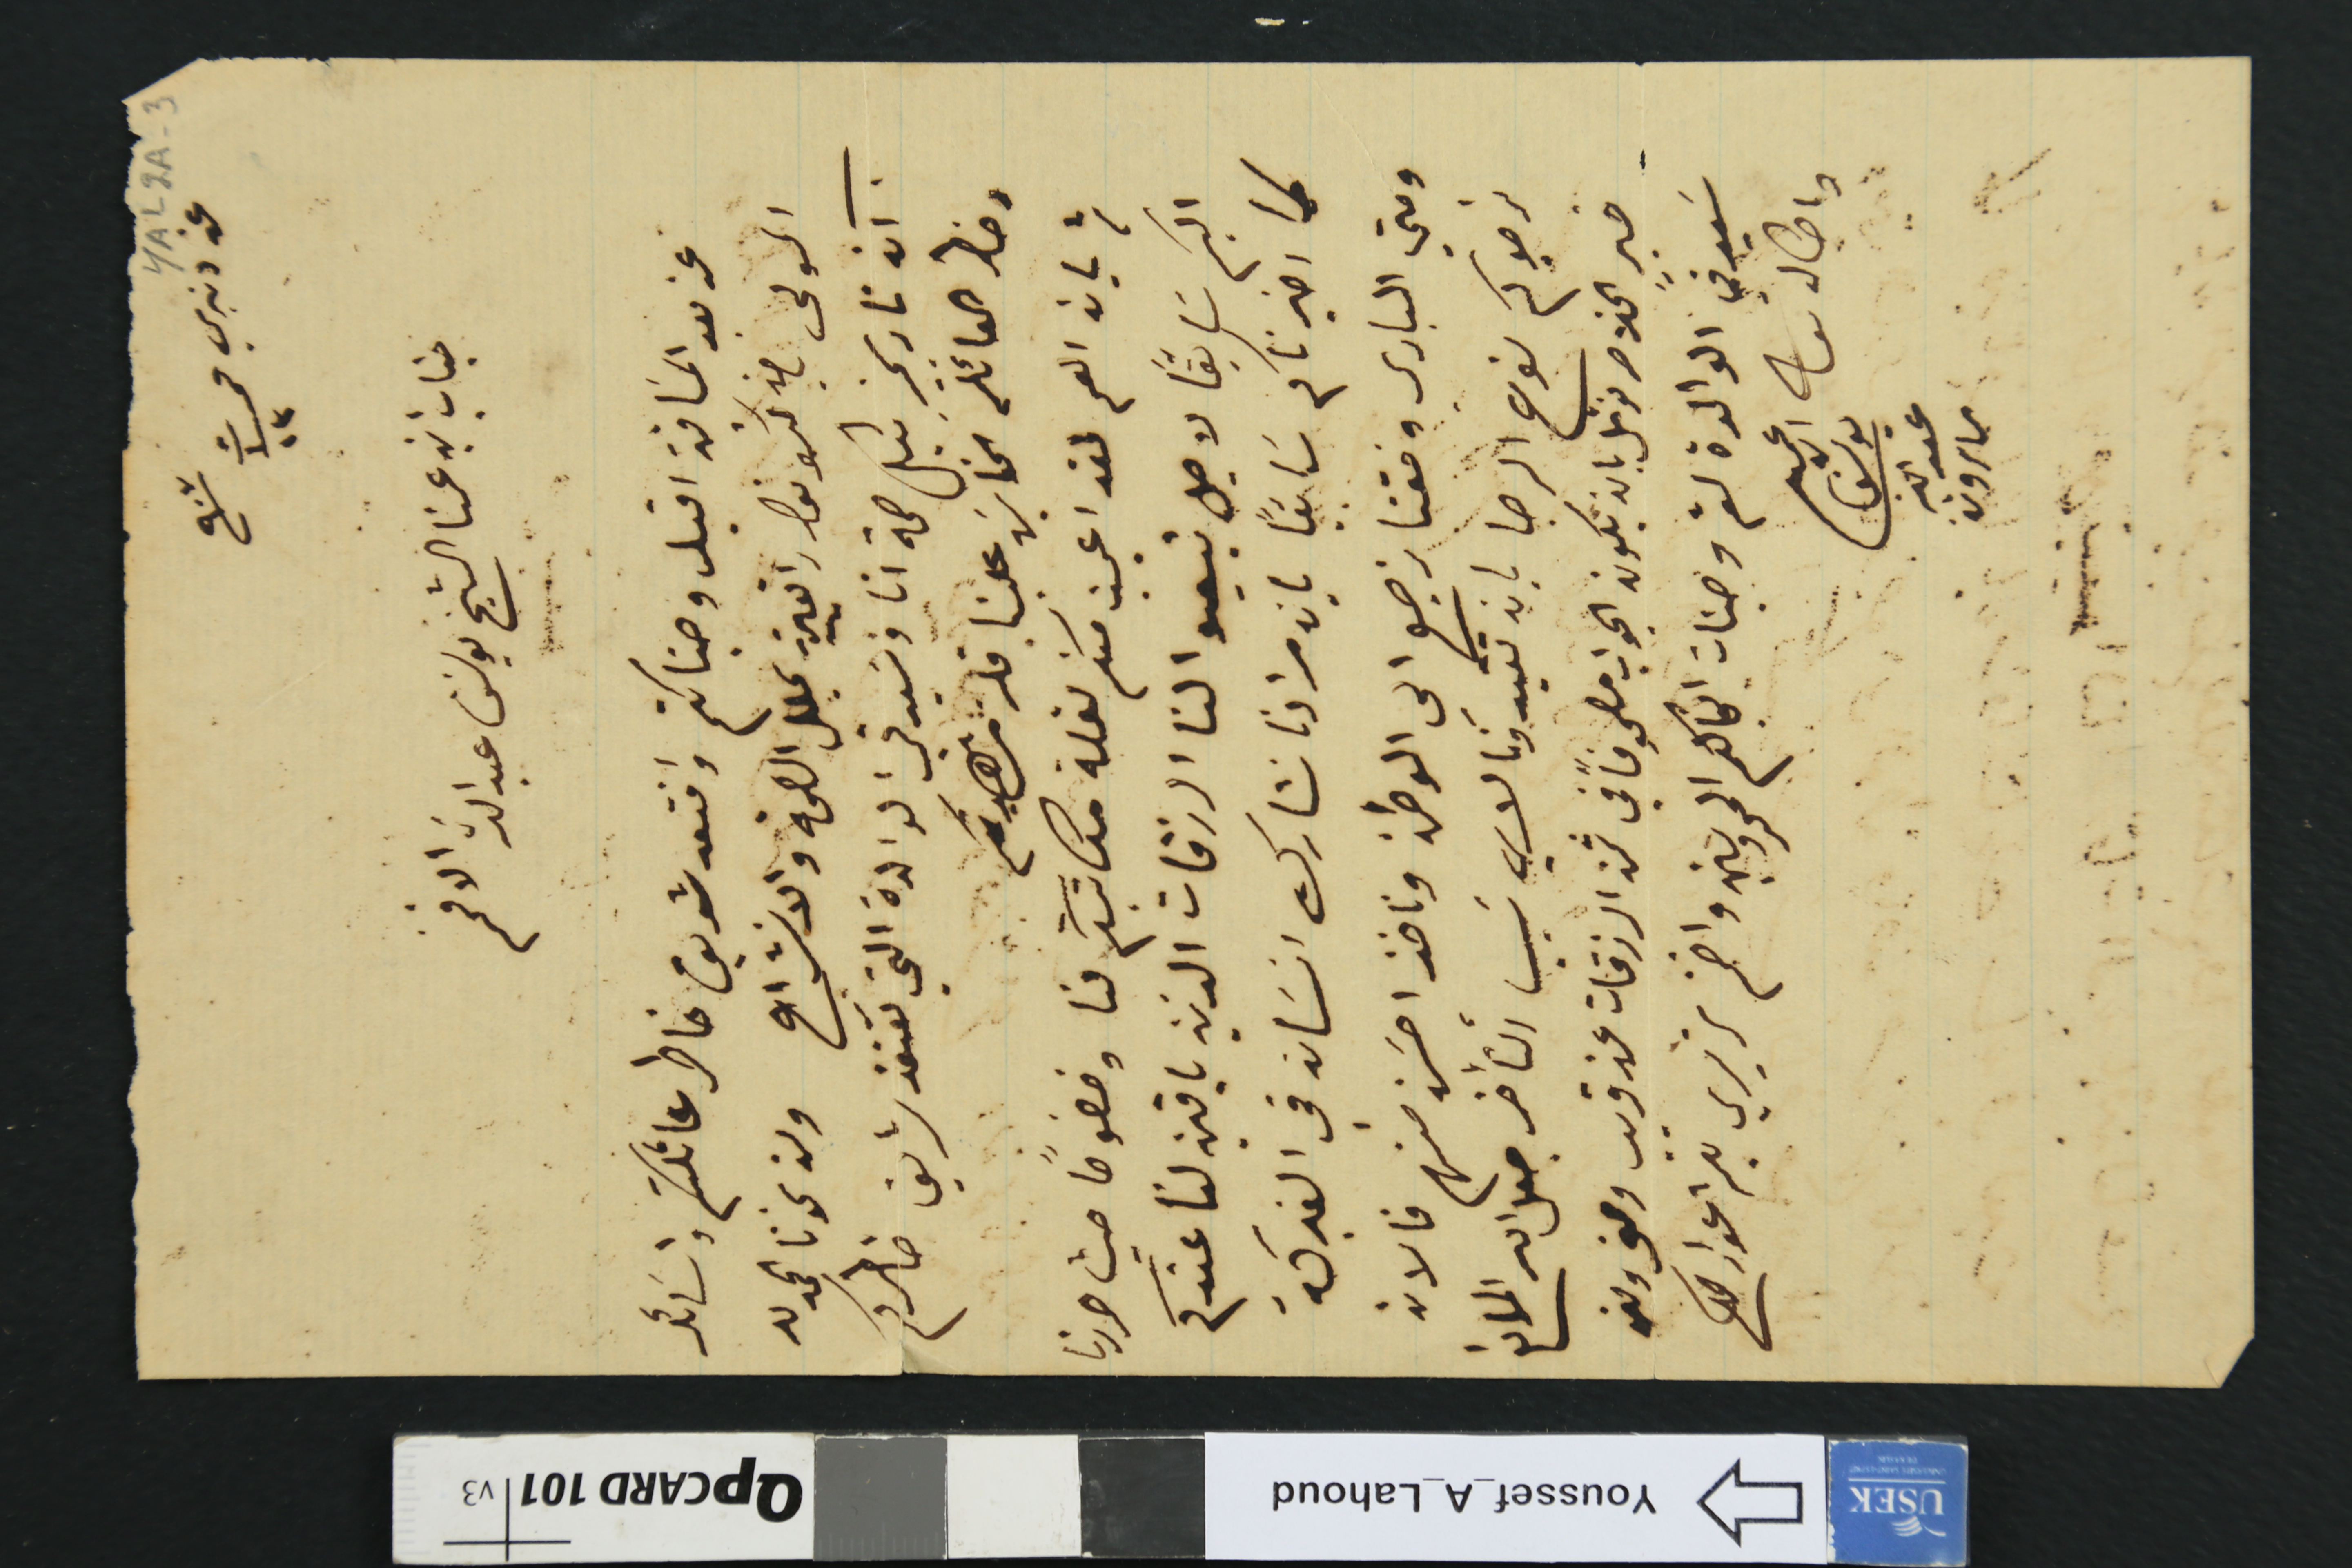
YAL2A-3
عن دنبري فى ١٣ ت١ /٩٠٧
جناب ابن عمنا الشيخ يوسَف عبدالله الافخم
عن بعد المسافة اقبل وجناتكم وافتعد شريف خاطر عائلتكم واسَائل
المولى بان كونوا  رايقين بكل الصحة والانشراح وان نحونا الحمدلله
آنه تاريخه بكل صحة انا وسَيدتي الوالدة التي تفتقد شريف خاطركم
وخاطر العائلة الخاسَر علينا قلة مشاهدتكم
ثم بان العم لقد اعجبت منكم لقلة مكاتبتكم لنا وخصوصًا حيث حررنا
اليكم سابقًا لاجل تبيعوا لنا الرزقات الذين باقين لنا عندكم
كما اخبرناكم سَابقًا بان مرادنا نشارك انسَان في الفبركة
ومتي الباري وفقنا نرجع الى الوطن وناخذ احسَن منهم فالان
نرجوكم نوع الرجا بان تقيدونا لاي سَبب التأخر جعل الله المانع
خبرٍ الخلاص نؤمل بان يكون الجواب مصحوفاً في ثمن الرزقات عن قريب ومنى ومن
سيدتي الوالدة لثم وجنات انجالكم المحروسين واختم تحريري بلثم اعواركم
واطاله تعالى
يوسف عبدالله مارون